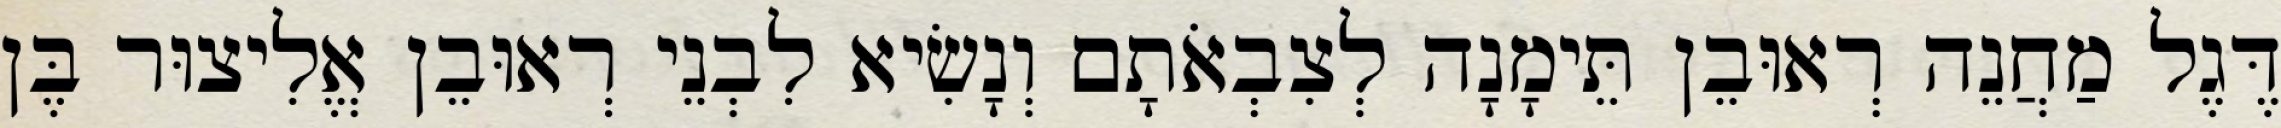
דֶּגֶל מַחֲנֵה רְאוּבֵן תֵּימָנָה לְצִבְאֹתָם וְנָשִׂיא לִבְנֵי רְאוּבֵן אֱלִיצוּר בֶּן